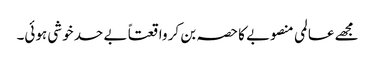
مجھے عالمی منصوبے کا حصہ بن کر واقعتاً بے حد خوشی ہوئی۔